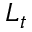
L _ { t }